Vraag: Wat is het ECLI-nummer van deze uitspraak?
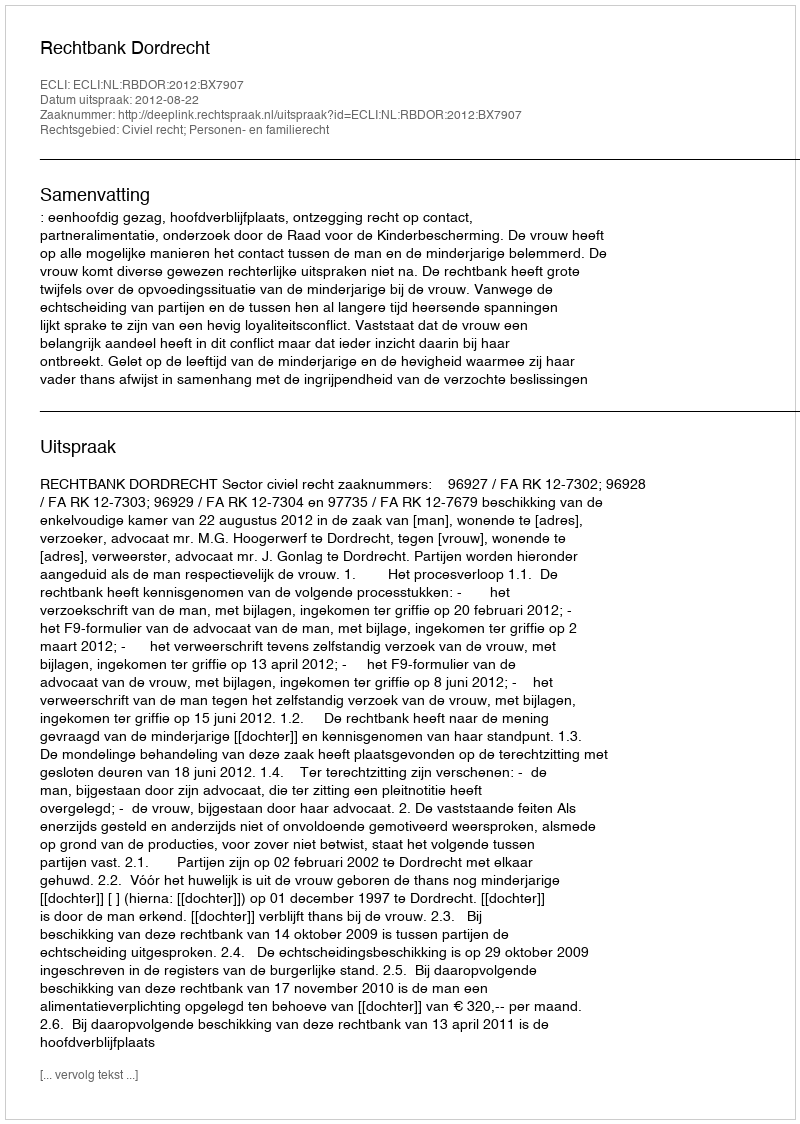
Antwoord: ECLI:NL:RBDOR:2012:BX7907